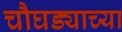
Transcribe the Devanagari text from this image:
चौघड्याच्या